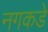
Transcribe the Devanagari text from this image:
नगकडे